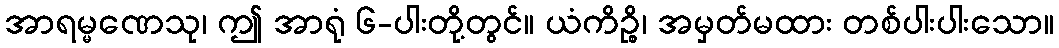
အာရမ္မဏေသု၊ ဤ အာရုံ ၆-ပါးတို့တွင်။ ယံကိဉ္စိ၊ အမှတ်မထား တစ်ပါးပါးသော။